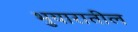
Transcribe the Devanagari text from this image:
भुयारातील